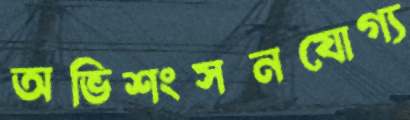
অভিশংসনযোগ্য